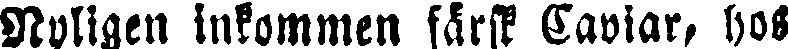
Nyligen inkommen färsk Caviar, hos